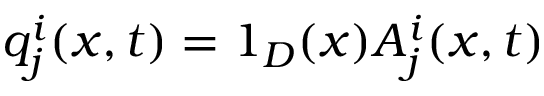
q _ { j } ^ { i } ( x , t ) = 1 _ { D } ( x ) A _ { j } ^ { i } ( x , t )